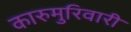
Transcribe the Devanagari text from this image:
कारुमुरिवारी